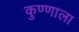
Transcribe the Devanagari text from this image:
कुण्णाला